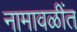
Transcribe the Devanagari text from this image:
नामावळींत